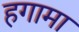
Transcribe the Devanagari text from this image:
हगामा